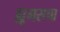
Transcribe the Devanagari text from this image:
ह्यूमसचा